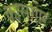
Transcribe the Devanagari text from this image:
कासगार